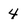
Character: 4